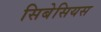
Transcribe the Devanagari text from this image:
सिबेसियस